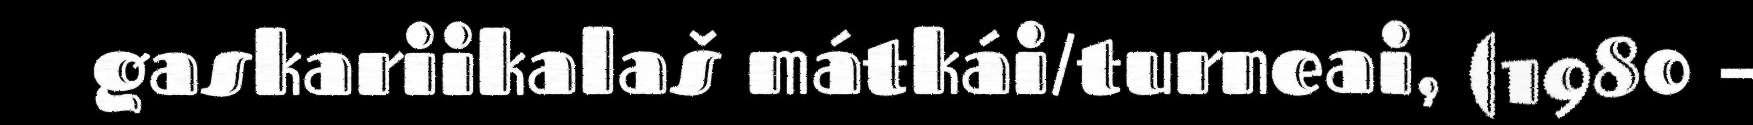
gaskariikalaš mátkái/turneai, (1980 –